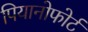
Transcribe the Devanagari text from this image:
पियानोफोर्ट